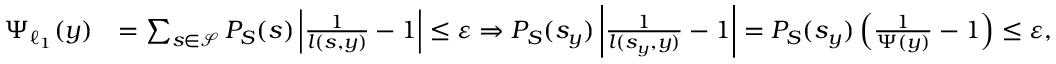
\begin{array} { r l } { \Psi _ { \ell _ { 1 } } ( y ) } & { = \sum _ { s \in \mathcal { S } } P _ { S } ( s ) \left| \frac { 1 } { l ( s , y ) } - 1 \right| \leq { \varepsilon } \Rightarrow P _ { S } ( s _ { y } ) \left| \frac { 1 } { l ( s _ { y } , y ) } - 1 \right| = P _ { S } ( s _ { y } ) \left( \frac { 1 } { \Psi ( y ) } - 1 \right) \leq { \varepsilon } , } \end{array}